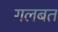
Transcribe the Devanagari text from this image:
गलबत